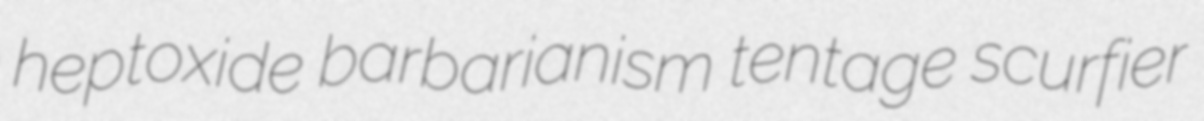
heptoxide barbarianism tentage scurfier